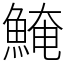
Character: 𩸆